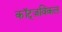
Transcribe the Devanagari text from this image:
कॉट्ज़विंकल